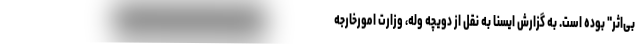
بی‌اثر" بوده است. به گزارش ایسنا به نقل از دویچه وله، وزارت امورخارجه